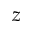
z